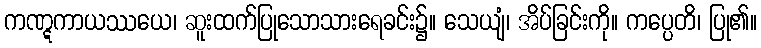
ကဏ္ဋကာယဿယေ၊ ဆူးထက်ပြုသောသားရေခင်း၌။ သေယျံ၊ အိပ်ခြင်းကို။ ကပ္ပေတိ၊ ပြု၏။